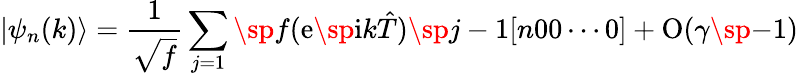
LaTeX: |\psi_{n}(k)\rangle={\frac{1}{\sqrt{f}}}\sum_{j=1}\sp{f}(\mathrm{e}\sp{\mathrm{i}k}\hat{T})\sp{j-1}[n00\cdots 0]+\mathrm{O}(\gamma\sp{-1})